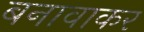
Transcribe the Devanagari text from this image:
बनावाकर